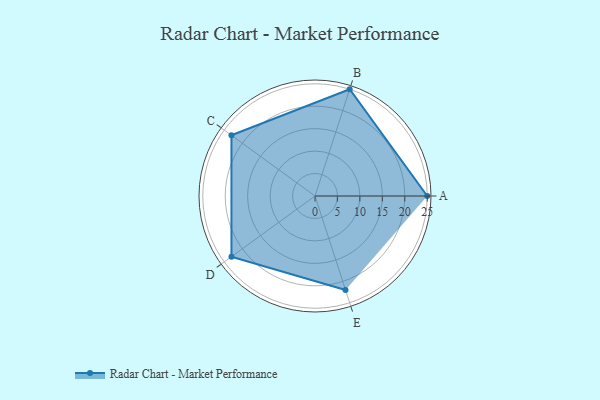
{"axis": {"x": "Skill", "y": "Score"}, "legend": ["Profile"], "data": [{"x": "A", "y": 25.0, "type": "Profile"}, {"x": "B", "y": 25.0, "type": "Profile"}, {"x": "C", "y": 23.0, "type": "Profile"}, {"x": "D", "y": 23.0, "type": "Profile"}, {"x": "E", "y": 22.0, "type": "Profile"}]}